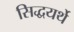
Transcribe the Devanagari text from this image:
सिद्धयर्थे